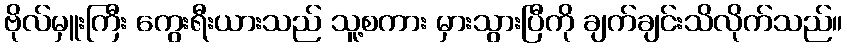
ဗိုလ်မှူးကြီး ကွေးရီးယားသည် သူ့စကား မှားသွားပြီကို ချက်ချင်းသိလိုက်သည်။